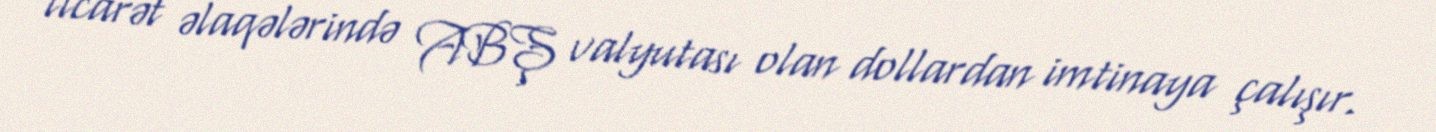
ticarət əlaqələrində ABŞ valyutası olan dollardan imtinaya çalışır.